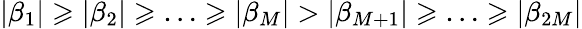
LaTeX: |\beta_{1}|\geqslant|\beta_{2}|\geqslant\ldots\geqslant|\beta_{M}|>|\beta_{M+1}|\geqslant\ldots\geqslant|\beta_{2M}|